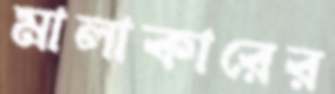
মালাকারের